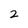
Character: 2